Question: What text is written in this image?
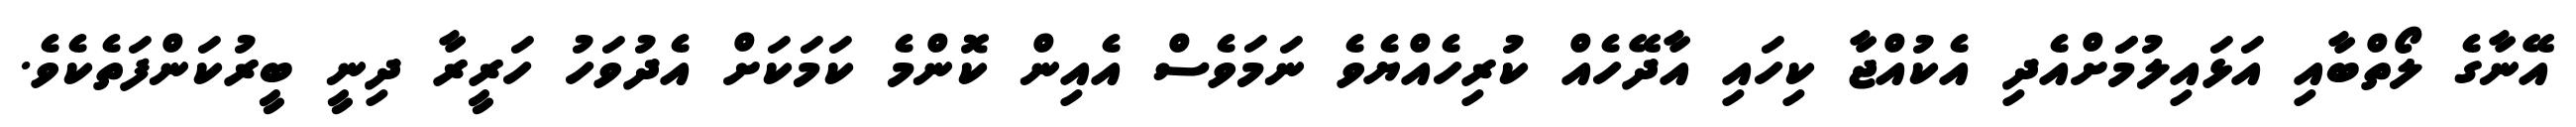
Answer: އޭނާގެ ލޯތްބާއި އަޅައިލުމަަށްއެދި އެކުއްޖާ ކިހައި އާދޭހެއް ކުރިހެއްޔެވެ ނަމަވެސް އެއިން ކޮންމެ ކަމަކަށް އެދުވަހު ހަރީރާ ދިނީ ބީރުކަންފަތެކެވެ.